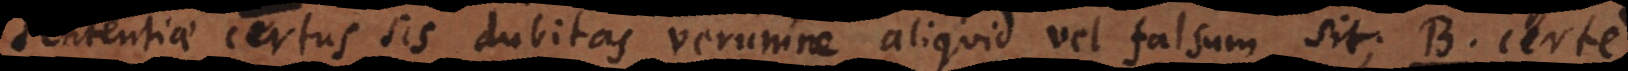
sententiae certus sis dubitas verumne aliquid vel falsum sit. B. Certe.